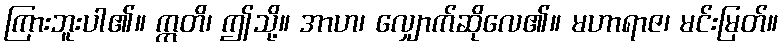
ကြားဘူးပါ၏။ ဣတိ၊ ဤသို့။ အာဟ၊ လျှောက်ဆိုလေ၏။ မဟာရာဇ၊ မင်းမြတ်။